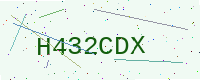
Text: H432CDX